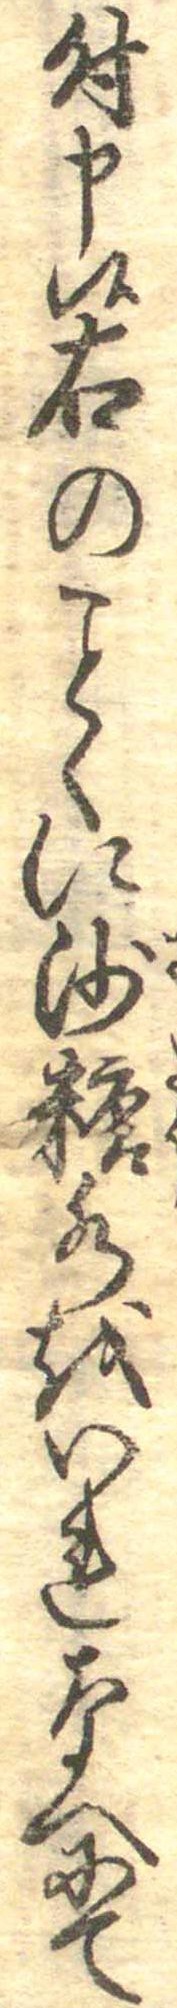
付申候右のくに沙糖水をいれなへにて